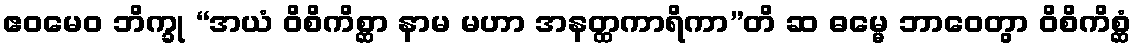
ဧဝမေဝ ဘိက္ခု “အယံ ဝိစိကိစ္ဆာ နာမ မဟာ အနတ္ထကာရိကာ”တိ ဆ ဓမ္မေ ဘာဝေတွာ ဝိစိကိစ္ဆံ